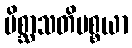
မိစ္ဆာသတိပစ္စယာ